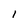
Character: l